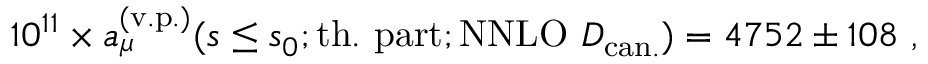
1 0 ^ { 1 1 } \times a _ { \mu } ^ { \mathrm { ( v . p . ) } } ( s \leq s _ { 0 } ; \mathrm { t h . \ p a r t } ; \mathrm { N N L O } \ D _ { \mathrm { c a n . } } ) = 4 7 5 2 \pm 1 0 8 \ ,